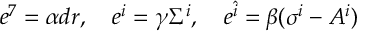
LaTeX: e ^ { 7 } = \alpha d r , \quad e ^ { i } = \gamma \Sigma ^ { i } , \quad e ^ { \hat { i } } = \beta ( \sigma ^ { i } - A ^ { i } )